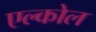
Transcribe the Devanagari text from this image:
एल्कोल